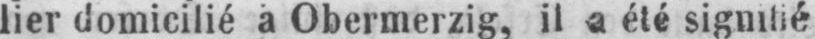
lier domicilié à Obermerzig, il a été signitié